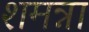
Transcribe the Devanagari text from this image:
शमन्ना